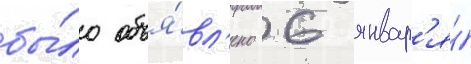
бы́ло объя́вл'ено 6 январ'я́